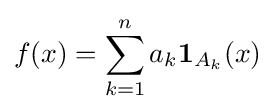
f(x)=\sum _{k=1}^{n}a_{k}{\mathbf {1} }_{A_{k}}(x)